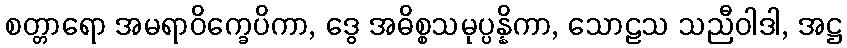
စတ္တာရော အမရာဝိက္ခေပိကာ, ဒွေ အဓိစ္စသမုပ္ပန္နိကာ, သောဠသ သညီဝါဒါ, အဋ္ဌ